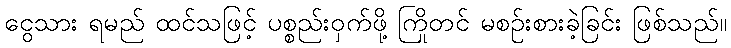
ငွေသား ရမည် ထင်သဖြင့် ပစ္စည်းဝှက်ဖို့ ကြိုတင် မစဉ်းစားခဲ့ခြင်း ဖြစ်သည်။